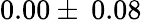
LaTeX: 0.00\pm\: 0.08